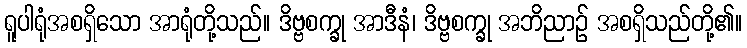
ရူပါရုံအစရှိသော အာရုံတို့သည်။ ဒိဗ္ဗစက္ခု အာဒီနံ၊ ဒိဗ္ဗစက္ခု အဘိညာဉ် အစရှိသည်တို့၏။